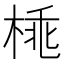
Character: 𣓽